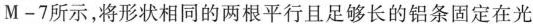
M-7所示，将形状相同的两根平行且足够长的铝条固定在光